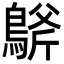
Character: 𪂀